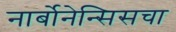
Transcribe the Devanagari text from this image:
नार्बोनेन्सिसचा